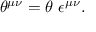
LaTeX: \theta ^ { \mu \nu } = \theta ~ \epsilon ^ { \mu \nu } .